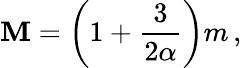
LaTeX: \mathbf{M}=\left(1+\frac{{3}}{{2\alpha}}\right)m\, ,